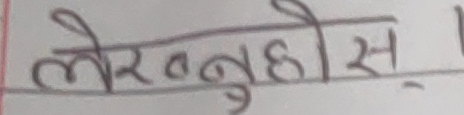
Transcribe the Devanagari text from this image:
लेरत्नुहोस्